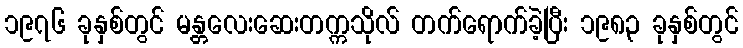
၁၉၇၆ ခုနှစ်တွင် မန္တလေးဆေးတက္ကသိုလ် တက်ရောက်ခဲ့ပြီး ၁၉၈၃ ခုနှစ်တွင်